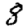
Digit: 8